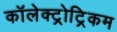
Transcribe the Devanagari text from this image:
कॉलेक्ट्रोट्रिकम